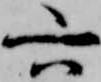
六